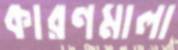
কারণমালা